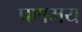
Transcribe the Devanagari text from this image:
प्रणमय